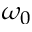
\omega _ { 0 }